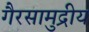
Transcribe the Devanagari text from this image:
गैरसामुद्रीय